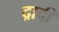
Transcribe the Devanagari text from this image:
द्रादी